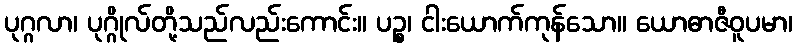
ပုဂ္ဂလာ၊ ပုဂ္ဂိုလ်တို့သည်လည်းကောင်း။ ပဉ္စ၊ ငါးယောက်ကုန်သော။ ယောဓာဇီဝူပမာ၊